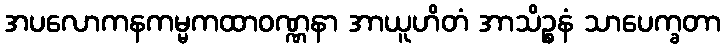
အပလောကနကမ္မကထာဝဏ္ဏနာ အာယူဟိတံ အာသိဉ္စနံ သာပေက္ခတာ